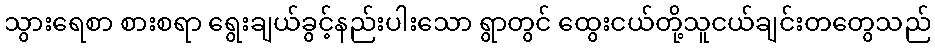
သွားရေစာ စားစရာ ရွေးချယ်ခွင့်နည်းပါးသော ရွာတွင် ထွေးငယ်တို့သူငယ်ချင်းတတွေသည်